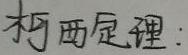
柯西定理：